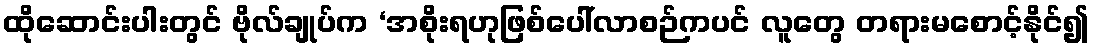
ထိုဆောင်းပါးတွင် ဗိုလ်ချုပ်က ‘အစိုးရဟုဖြစ်ပေါ်လာစဉ်ကပင် လူတွေ တရားမစောင့်နိုင်၍